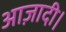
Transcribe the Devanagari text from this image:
आज़ादी।